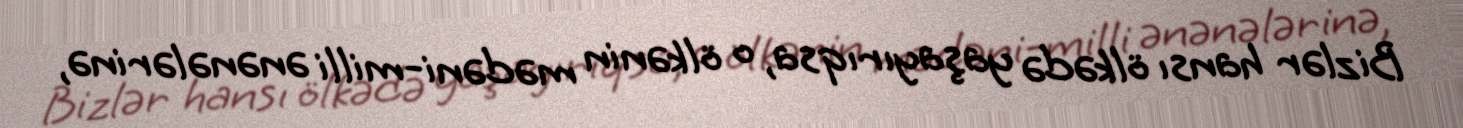
Bizlər hansı ölkədə yaşayırıqsa, o ölkənin mədəni-milli ənənələrinə,